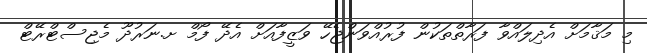
މި މަޤާމަށް އެދިލައްވާ ފަރާތްތަކުން ފުރުއްވަންޖެހޭ ވަޒީފާއަށް އެދޭ ފޯމް ށ.ނަރުދޫ މެޖިސްޓްރޭޓް